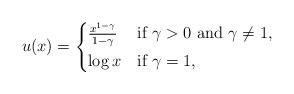
LaTeX: \begin{align*} u(x)= \begin{cases*} \frac{x^{1-\gamma}}{1-\gamma} & if $\gamma>0$ and $\gamma\neq 1$,\\ \log x & if $\gamma=1$, \end{cases*}\end{align*}